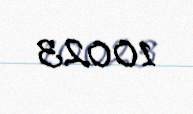
10023